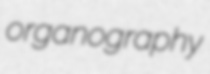
organography